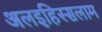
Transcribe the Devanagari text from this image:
अलइहिस्सलाम